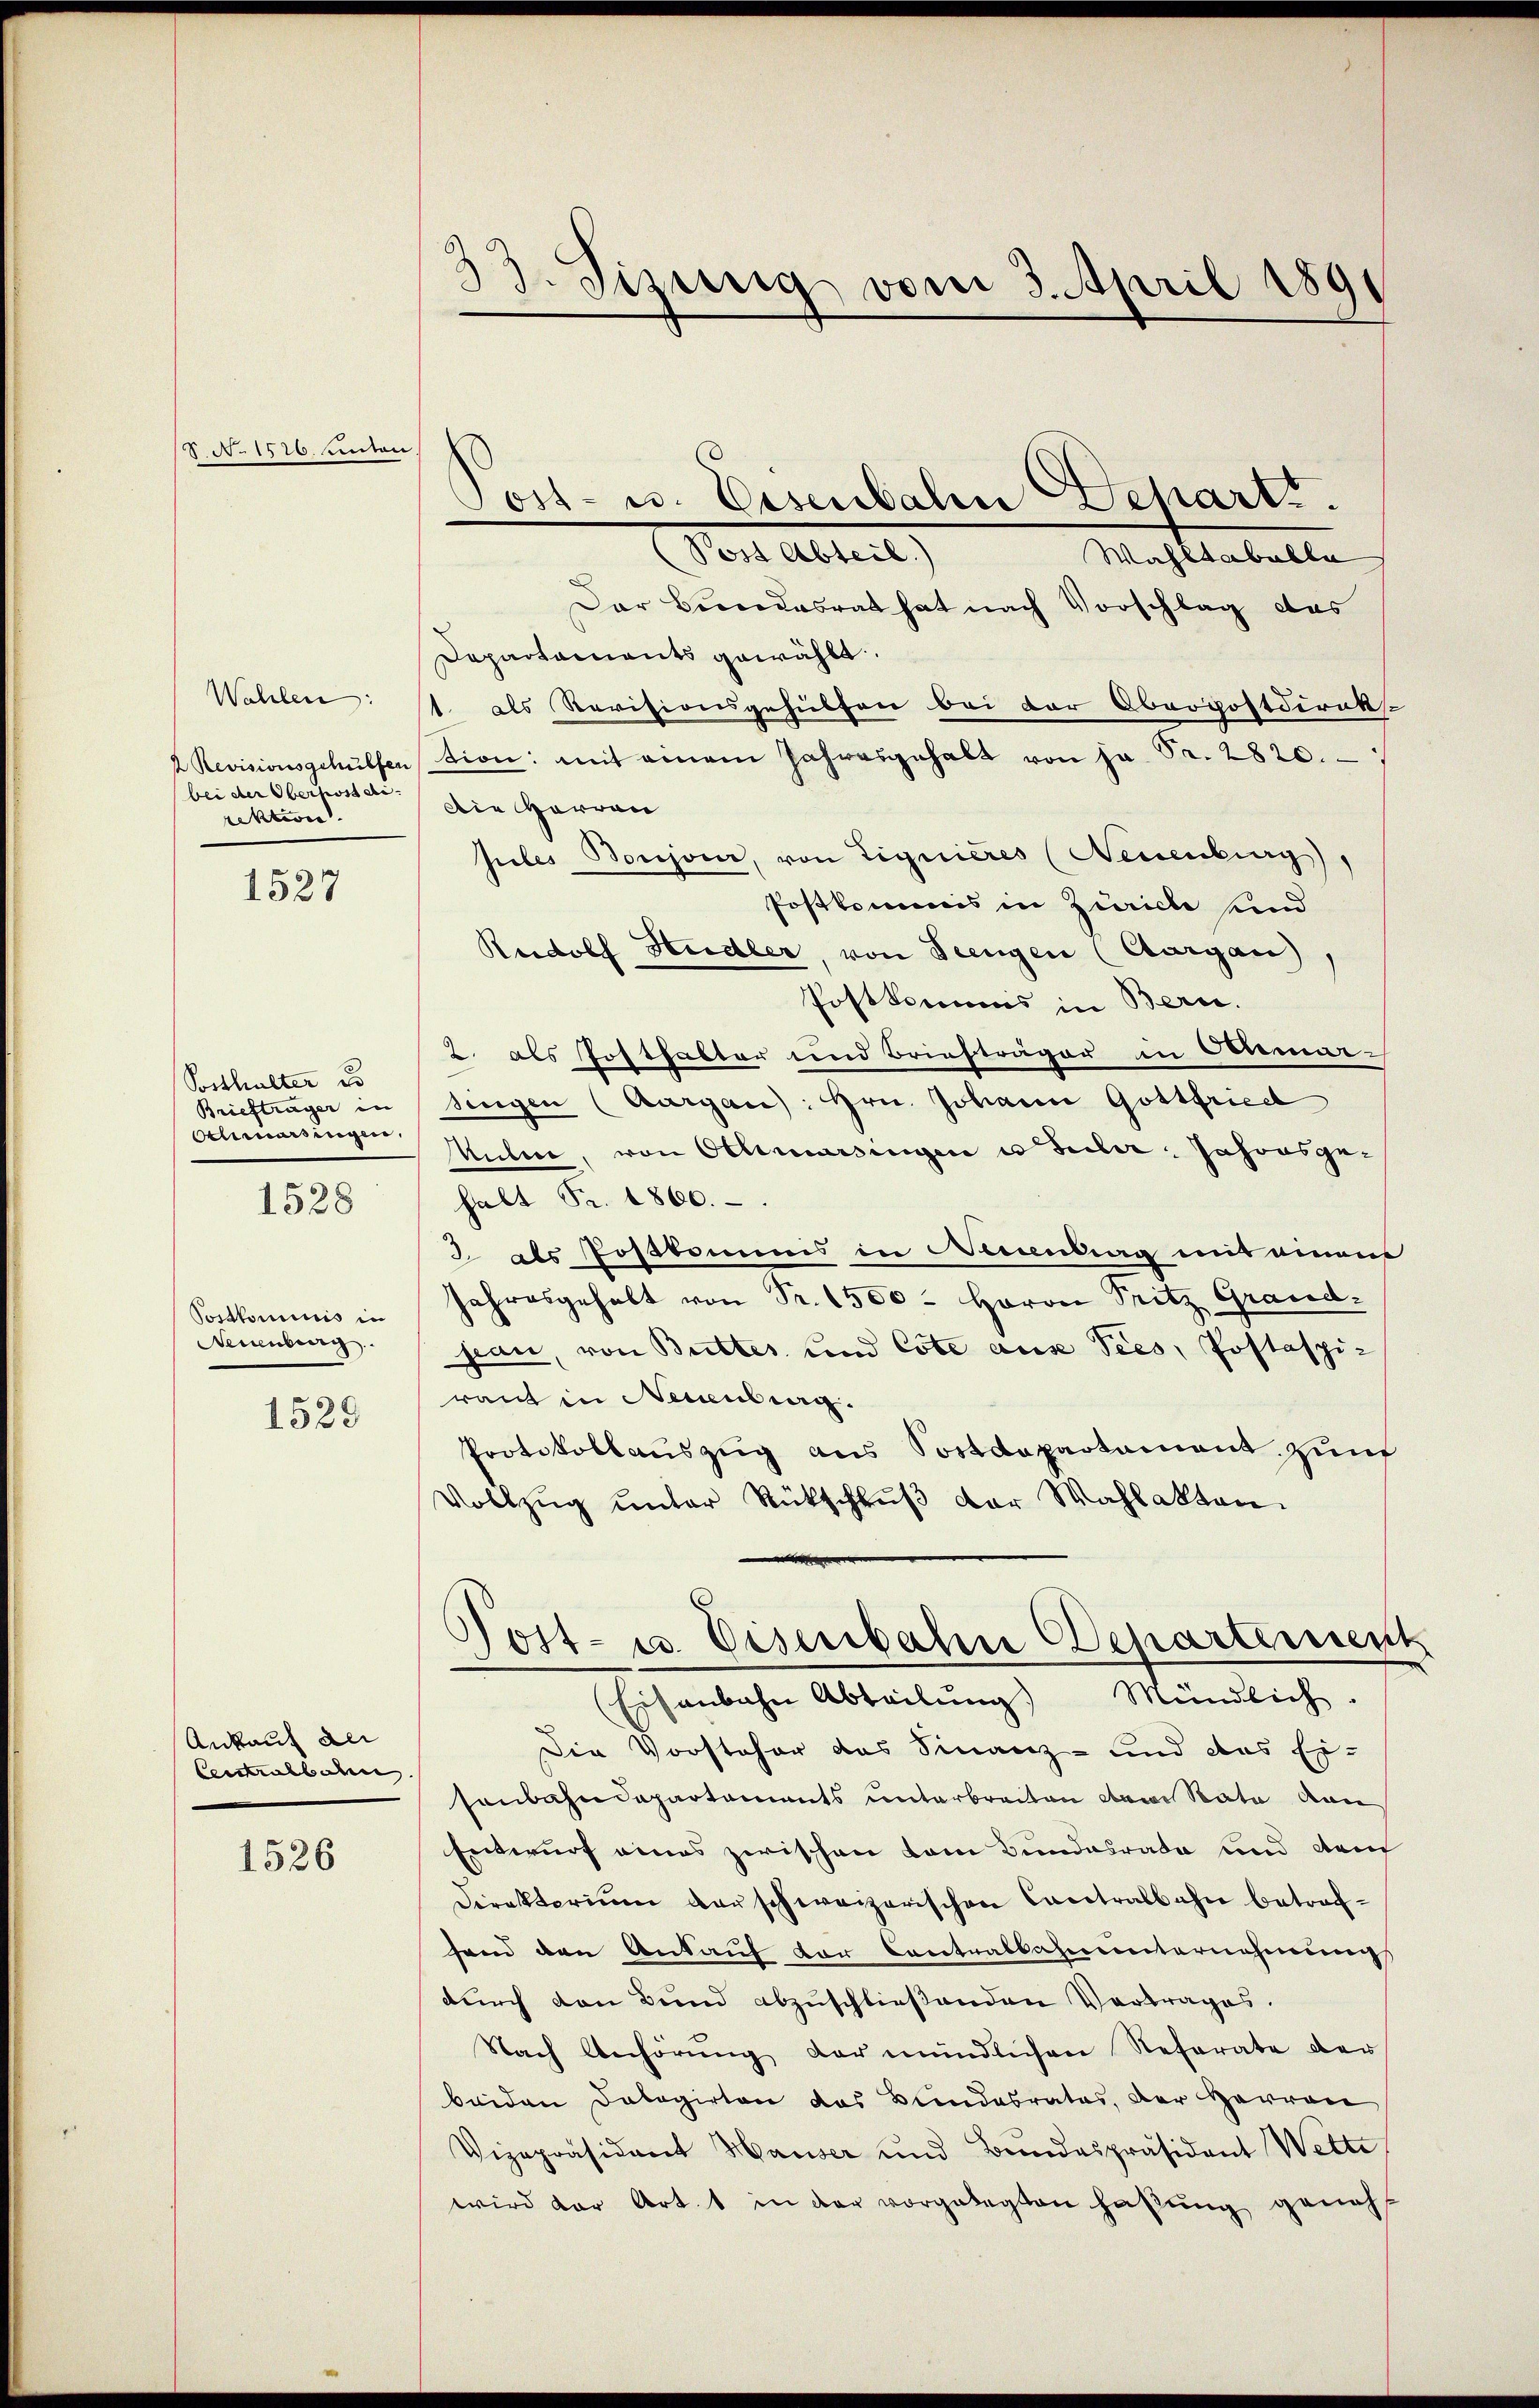
N. 1526. unter

Wahlen:
t Revisionsgehülfen
bei der Oberhost di
rektion

1527

Posthalter es
Briefträger in
Othmarsingen,

1528

Postkominis in
Neuenburg.

1529

Ankauf der
Centralbahn

1526

33. Sizung vom 3. April 1891

Post- u. Eisenbahn Beharts.
Post Abteil)
Wahltabulla
Der Bundesrat hat nach Vorschlag des
Dapartaments gewählt.
1. als Revisionsgehülfen bei der Oberpostdirek
tion: mit einem Jahresgehalt von ja Fr. 2820.
Die Herren
Jules Boujour, von Liquieres (Neuenburg),
Postkommis in Zürich und
Rudolf Hudler, von Seengen (Aargau,
Postkommis in Bern.
2. als Posthalter und Briefträger in Oenmarsingen (Aargau: Hrn. Johann Gottfried
Mulie, von Othmarsingen u Feder Jahresgehalt Fr. 1860.
2 als Postkamums in Neuenburg mit einens
ahresgehalt von Fr. 1500 - Herrn Pritz Grand.
jean, von Butter und Cote aus Sees, Postaspiraut in Neuenburg.
Protokollauszug aus Sostdepartament. Zunf
Vollzug unter Rückschlŭβ der Wahlakten.
Post- u. Eisenbahn Departement
(Eisenbahn Abteilŭng Mündlich.
Die Vorsteher das Finanz- und das Eisonbahndepartements unterbreiten dem Rata ven
Entwurf eines zwischen kam Bundesrate und dem
Direktorium verschweizerischen Cantralbahn betraffand den Ankauf der Contralbahneiternehmung
durch den Bund abzuschließenden Vertrages.
Nach Anhörŭng der mündlichen Referate der
beiden Delegirten das Bundesrates, der Herren
Vizepräsidant Hauser und Bundespräsident Wette
wird der Art. 1 in der vorgelegten hatŭng geneh-